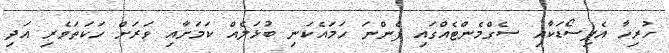
ހުރިހާ އެޕިސޯޑަކާއި ސެގްމެންޓެއްގައި ފެންނަ ހަމައެކަނި ބުޅަލެއް ކަމަށާއި ވަރަށް ހަކަތަވެރި އަދި